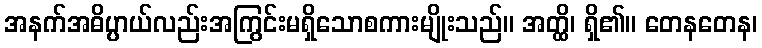
အနက်အဓိပ္ပာယ်လည်းအကြွင်းမရှိသောစကားမျိုးသည်။ အတ္ထိ၊ ရှိ၏။ တေနတေန၊